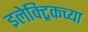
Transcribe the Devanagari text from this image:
इलेक्ट्रिकच्या